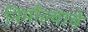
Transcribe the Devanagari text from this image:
निर्माल्याचे